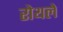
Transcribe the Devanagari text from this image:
रोथले